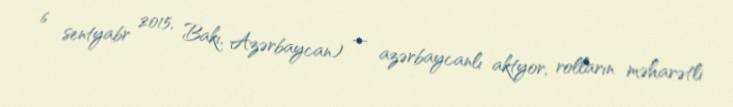
6 sentyabr 2015, Bakı, Azərbaycan) — azərbaycanlı aktyor, rolların məharətli